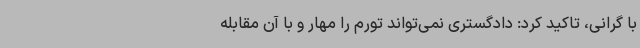
با گرانی، تاکید کرد: دادگستری نمی‌تواند تورم را مهار و با آن مقابله